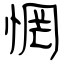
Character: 惘